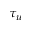
\tau _ { u }